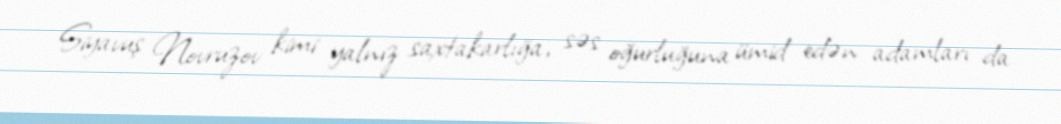
Siyavuş Novruzov kimi yalnız saxtakarlığa, səs oğurluğuna ümid edən adamları da